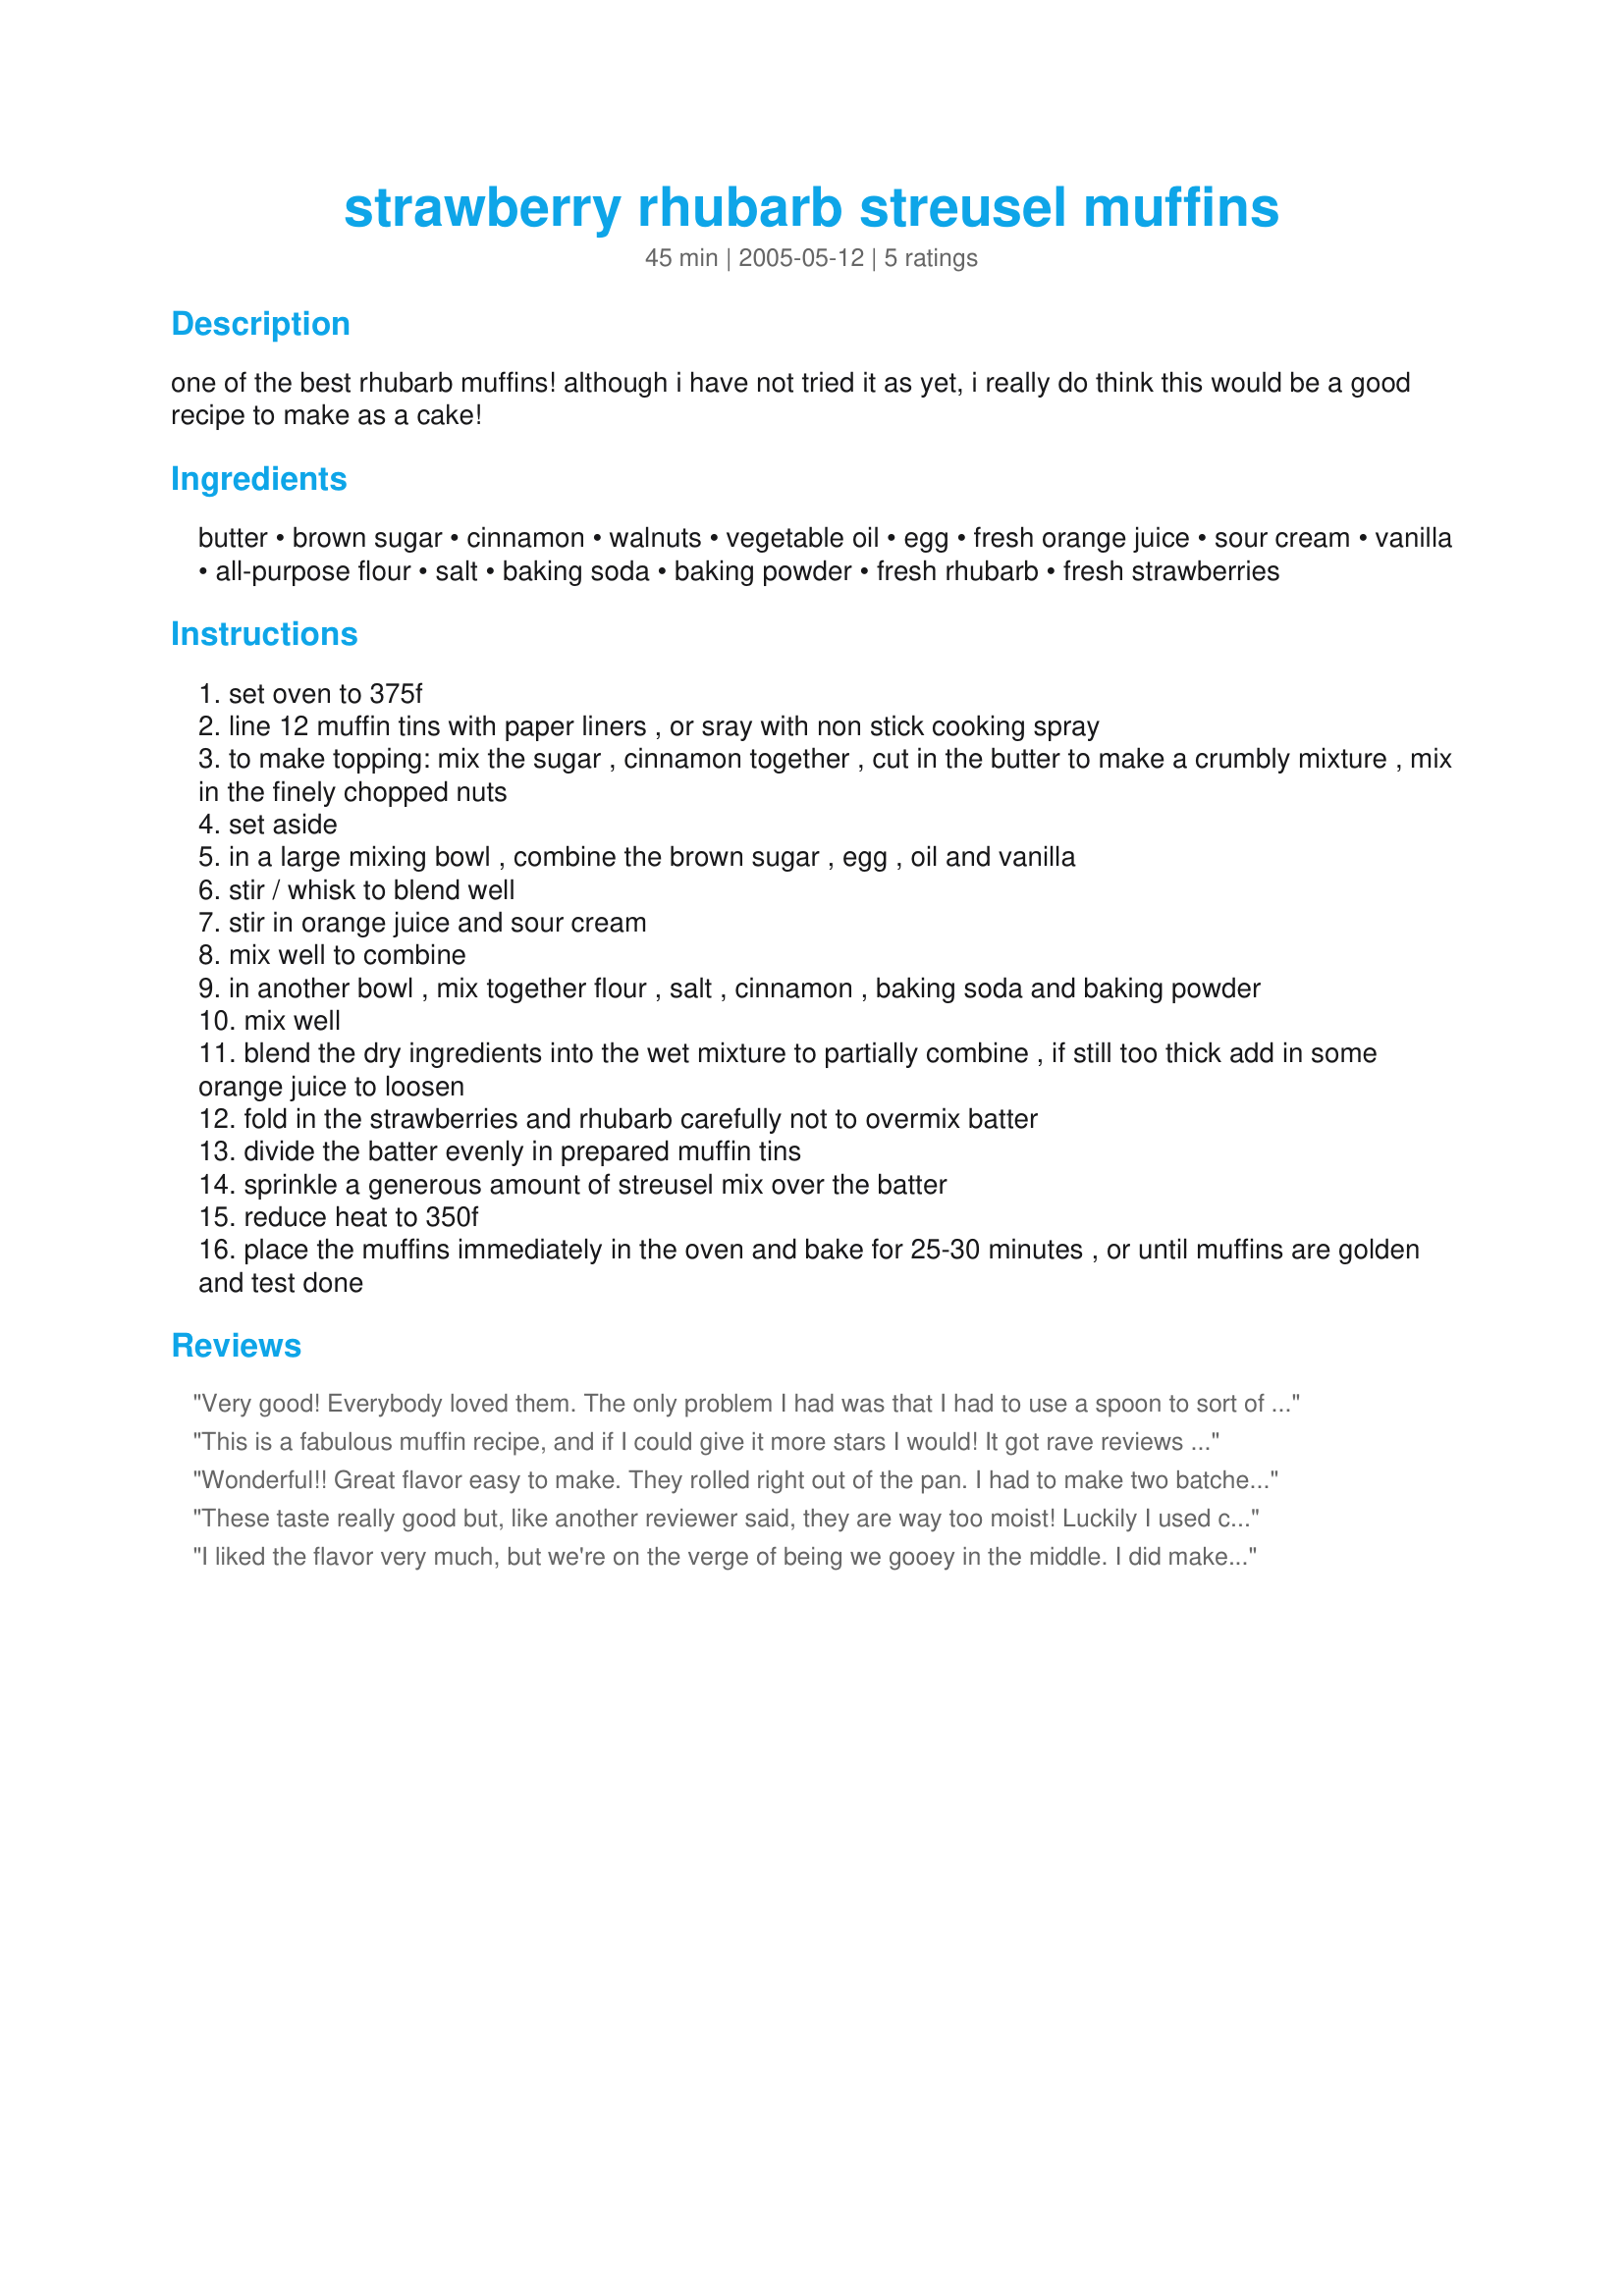
strawberry rhubarb streusel muffins
Preparation time: 45 minutes

one of the best rhubarb muffins! although i have not tried it as yet, i really do think this would be a good recipe to make as a cake!

Ingredients:
butter, brown sugar, cinnamon, walnuts, vegetable oil, egg, fresh orange juice, sour cream, vanilla, all-purpose flour, salt, baking soda, baking powder, fresh rhubarb, fresh strawberries

Steps:
set oven to 375f
line 12 muffin tins with paper liners , or sray with non stick cooking spray
to make topping: mix the sugar , cinnamon together , cut in the butter to make a crumbly mixture , mix in the finely chopped nuts
set aside
in a large mixing bowl , combine the brown sugar , egg , oil and vanilla
stir / whisk to blend well
stir in orange juice and sour cream
mix well to combine
in another bowl , mix together flour , salt , cinnamon , baking soda and baking powder
mix well
blend the dry ingredients into the wet mixture to partially combine , if still too thick add in some orange juice to loosen
fold in the strawberries and rhubarb carefully not to overmix batter
divide the batter evenly in prepared muffin tins
sprinkle a generous amount of streusel mix over the batter
reduce heat to 350f
place the muffins immediately in the oven and bake for 25-30 minutes , or until muffins are golden and test done

Reviews:
Very good! Everybody loved them. The only problem I had was that I had to use a spoon to sort of scoop them out of the muffin pans, they were so moist. I had to handle them very carefully to keep them from falling apart. Maybe I will use less berries and rhubarb next time. I have to admit I don't measure those things to a "t". Will definitely use this recipe again!
This is a fabulous muffin recipe, and if I could give it more stars I would!
It got rave reviews from everyone. They are a dense, moist muffin, and are very easy to make.
They are just bursting with flavour.
Thanks for another winner Kitten!
Wonderful!! Great flavor easy to make. They rolled right out of the pan. I had to make two batches because my kids ate the before I could get out of the house with them.
These taste really good but, like another reviewer said, they are way too moist! Luckily I used cupcake liners so the muffins stayed in tact but they were on the verge of falling apart. Also, the topping on mine sort of fell into the middle instead of staying on top.
I liked the flavor very much, but we're on the verge of being we gooey in the middle. I did make more than the 12 , I also made six muffin tops and they were done all the way....I might do more muffin tops next time, I will do again, maybe mini and muffin tops. Good flavor.
